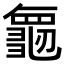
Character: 𮯝